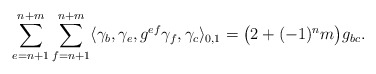
\begin{align*}\sum_{e=n+1}^{n+m}\sum_{f=n+1}^{n+m}\langle \gamma_b, \gamma_e, g^{ef}\gamma_f,\gamma_c\rangle_{0,1}=\big(2+(-1)^n m\big)g_{bc}.\end{align*}